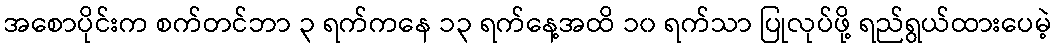
အစောပိုင်းက စက်တင်ဘာ ၃ ရက်ကနေ ၁၃ ရက်နေ့အထိ ၁၀ ရက်သာ ပြုလုပ်ဖို့ ရည်ရွယ်ထားပေမဲ့